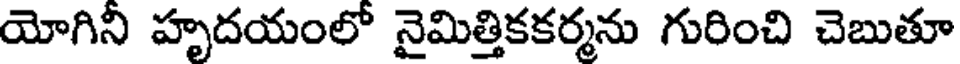
యోగిని హృదయంలో నైమిత్తికకర్మను గురించి చెబుతూ